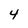
Character: 4